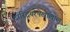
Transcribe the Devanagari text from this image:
दारिद्रयरेषेखालील